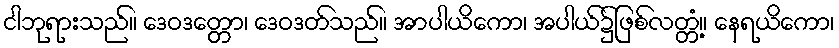
ငါဘုရားသည်။ ဒေဝဒတ္တော၊ ဒေဝဒတ်သည်။ အာပါယိကော၊ အပါယ်၌ဖြစ်လတ္တံ့။ နေရယိကော၊